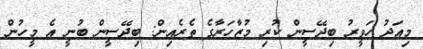
މިއަދު ހަވީރު ބިދޭސީން ކުރި މުޒާހަރާގެ ތެރެއިން: ބިދޭސީން ބުނީ އެ މީހުން